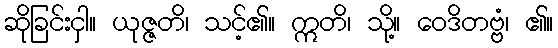
ဆိုခြင်းငှါ။ ယုဇ္ဇတိ၊ သင့်၏။ ဣတိ၊ သို့။ ဝေဒိတဗ္ဗံ၊ ၏။